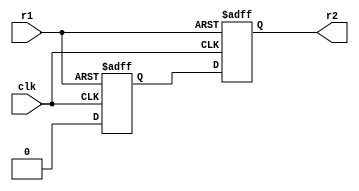
 module resetsync(clk, r1, r2);
  input clk, r1;
  output r2;
  reg r2r, prer2;
  
  always @(posedge clk, posedge r1)
  begin
    if (r1 === 1'b1) 
    begin
      prer2 <= 1'b1;
      r2r     <= 1'b1;
    end
    else
    begin
      prer2 <= 1'b0;
      r2r     <= prer2;
    end
  end
  
  assign r2 = r2r;
  
  endmodule